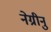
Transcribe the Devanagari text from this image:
नेग्रीनु